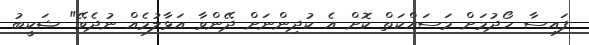
ފައިސާ ހޯދުމަށް މަސައްކަތް ކޮށް އެ ކުދިންނަށް ދޭންވާ އަޅާލުމެއް ނުދެވޭ" ޝަކީބު